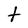
Character: t